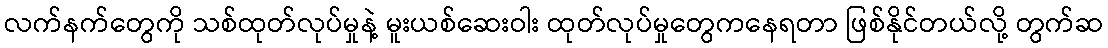
လက်နက်တွေကို သစ်ထုတ်လုပ်မှုနဲ့ မူးယစ်ဆေးဝါး ထုတ်လုပ်မှုတွေကနေရတာ ဖြစ်နိုင်တယ်လို့ တွက်ဆ